Scottish Certificate of Education, 1962
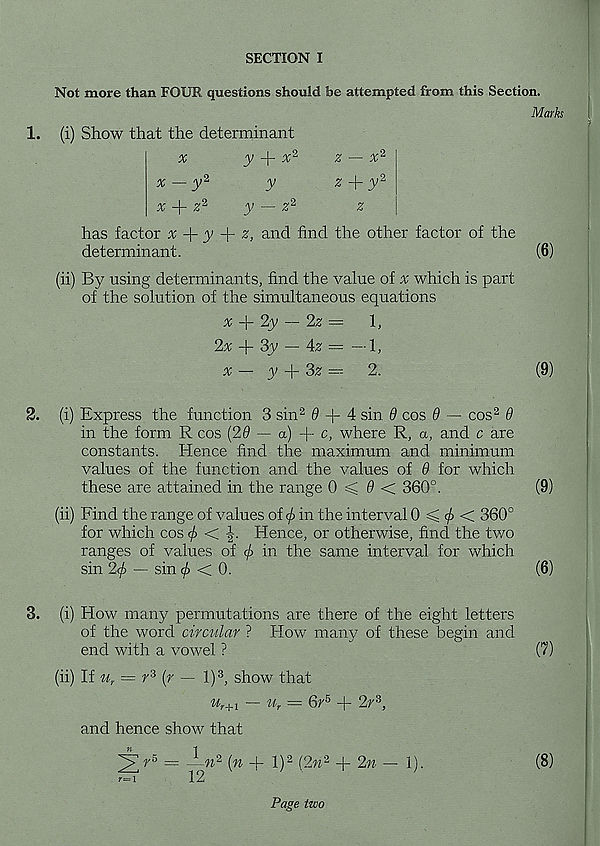
SECTION I
1.
Not more than FOUR questions should be attempted from this Section.
Marks
(i) Show that the determinant
^
y ~\- x 2
z — x 2
x — y 2
y
z
y 2
x-\~ Z 2
y - Z 2
Z
has factor x
y
z, and find the other factor of the
determinant.
(6)
(ii) By using determinants, find the value of ^ which is part
of the solution of the simultaneous equations
x
2y — 2z —
1,
2x -j- 3y — 4z = —1,
# — y
3z =■-
2.
(9)
2. (i) Express the function 3 sin 2 0 -f 4 sin 9 cos 9 — cos 2 9
in the form R cos (29 — a) + c, where R, a, and c are
constants. Hence find the maximum and minimum
values of the function and the values of 9 for which
these are attained in the range 0 < 0 < 360°.
(9)
(ii) Find the range of values of (/> in the interval 0 < </> < 360°
for which cos </> <
Hence, or otherwise, find the tv/o
ranges of values of </> in the same interval for which
sin 2cj> — sin ^ < 0.
(6)
3. (i) How many permutations are there of the eight letters
of the word circular ? How many of these begin and
end with a vowel ?
(7)
(ii) If u r — r 3 (r — l) 3 , show that
% +1 — u r = 6r 5 + 2r 3 ,
and hence show that
2
— -7 n2 i n + l) 2 (2w 2 + 2n — 1).
(8)
r— 1
12
Page two